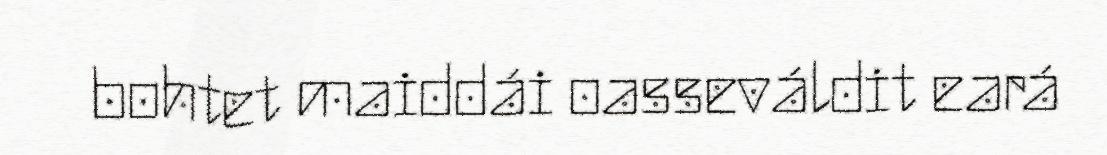
bohtet maiddái oasseváldit eará